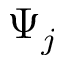
\Psi _ { j }